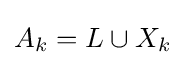
A_{k}=L\cup X_{k}